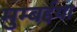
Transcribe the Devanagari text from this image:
मुम्बईया